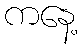
ကနေ့